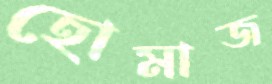
হোমাজ